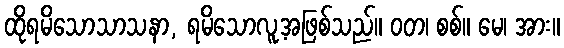
ထိုရမိသောသာသနာ, ရမိသောလူ့အဖြစ်သည်။ ဝတ၊ စစ်။ မေ၊ အား။